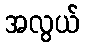
အလွယ်